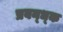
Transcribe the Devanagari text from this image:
प्रबन्ध्क